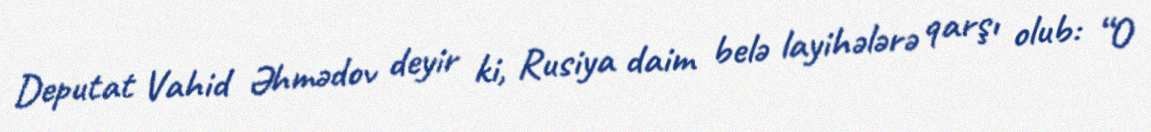
Deputat Vahid Əhmədov deyir ki, Rusiya daim belə layihələrə qarşı olub: “O